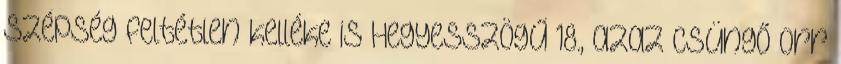
szépség feltétlen kelléke is Hegyesszögű 18., azaz csüngő orr